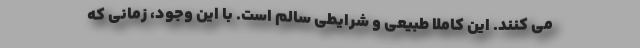
می کنند. این کاملا طبیعی و شرایطی سالم است. با این وجود، زمانی که